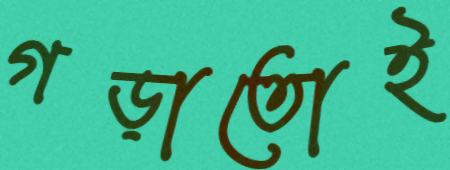
গড়াতোই